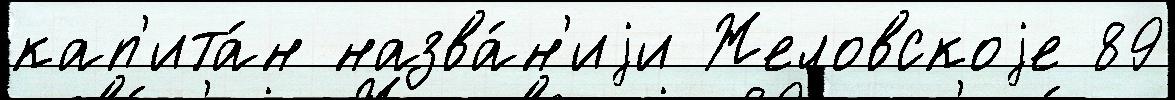
кап'ита́н назва́н'иjи Желовскоjе 89